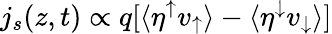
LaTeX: j_{s}(z,t)\propto q[\langle\eta^{\uparrow}v_{\uparrow}\rangle-\langle\eta^{\downarrow}v_{\downarrow}\rangle]